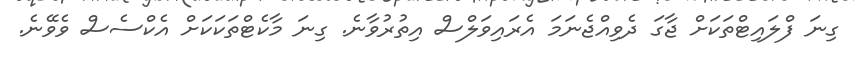
ގިނަ ފްލައިޓްތަކަށް ޖާގަ ދެވިއްޖެނަމަ އެރައިވަލްސް އިތުރުވާނެ. ގިނަ މާކެޓްތަކަކަށް އެކްސެސް ވެވޭނެ.